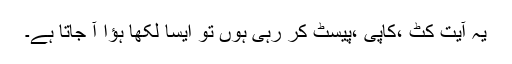
یہ آیت کٹ ،کاپی ،پیسٹ کر رہی ہوں تو ایسا لکھا ہؤا آ جاتا ہے۔